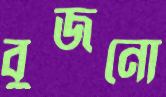
বুজনো